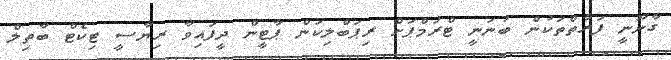
ގާނޫނީ ފަރާތްތަކުން ބުނަނީ ޓްރަމްޕަށް ރިޕަބްލިކަން ޕާޓީން ދީފައިވާ ރިޔާސީ ޓިކެޓް ބާތިލް